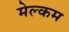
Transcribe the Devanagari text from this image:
मेल्‍कम